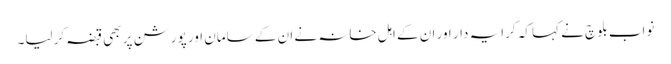
نواب بلوچ نے کہا کہ کرایہ دار اور ان کے اہل خانہ نے ان کے سامان اور پورشن پر بھی قبضہ کرلیا۔